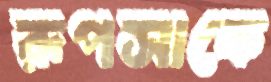
রূপসাকে